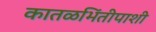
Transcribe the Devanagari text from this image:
कातळभिंतीपाशी